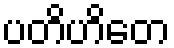
ပတိဟိတေ